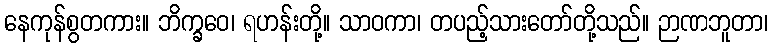
နေကုန်စွတကား။ ဘိက္ခဝေ၊ ရဟန်းတို့။ သာဝကာ၊ တပည့်သားတော်တို့သည်။ ဉာဏဘူတာ၊